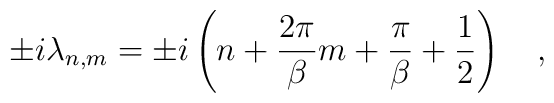
\pm i \lambda_{n,m} = \pm i \left(n +{2 \pi \over \beta}m + {\pi \over \beta} + {1 \over 2}  \right)~~~,